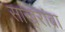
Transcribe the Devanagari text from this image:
साखरांबा